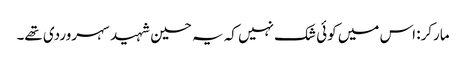
مارکر: اس میں کوئی شک نہیں کہ یہ حسین شہید سہروردی تھے۔